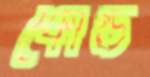
কোল্ড